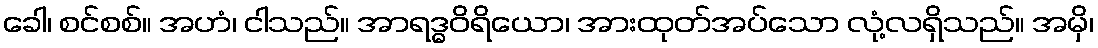
ခေါ၊ စင်စစ်။ အဟံ၊ ငါသည်။ အာရဒ္ဓဝိရိယော၊ အားထုတ်အပ်သော လုံ့လရှိသည်။ အမှိ၊